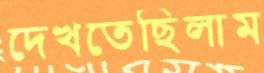
দেখতেছিলাম